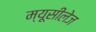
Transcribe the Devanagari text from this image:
म्यूसीलेज